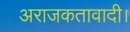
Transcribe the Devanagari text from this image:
अराजकतावादी।